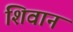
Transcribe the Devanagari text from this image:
शिवान